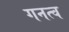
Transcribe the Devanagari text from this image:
गनत्व